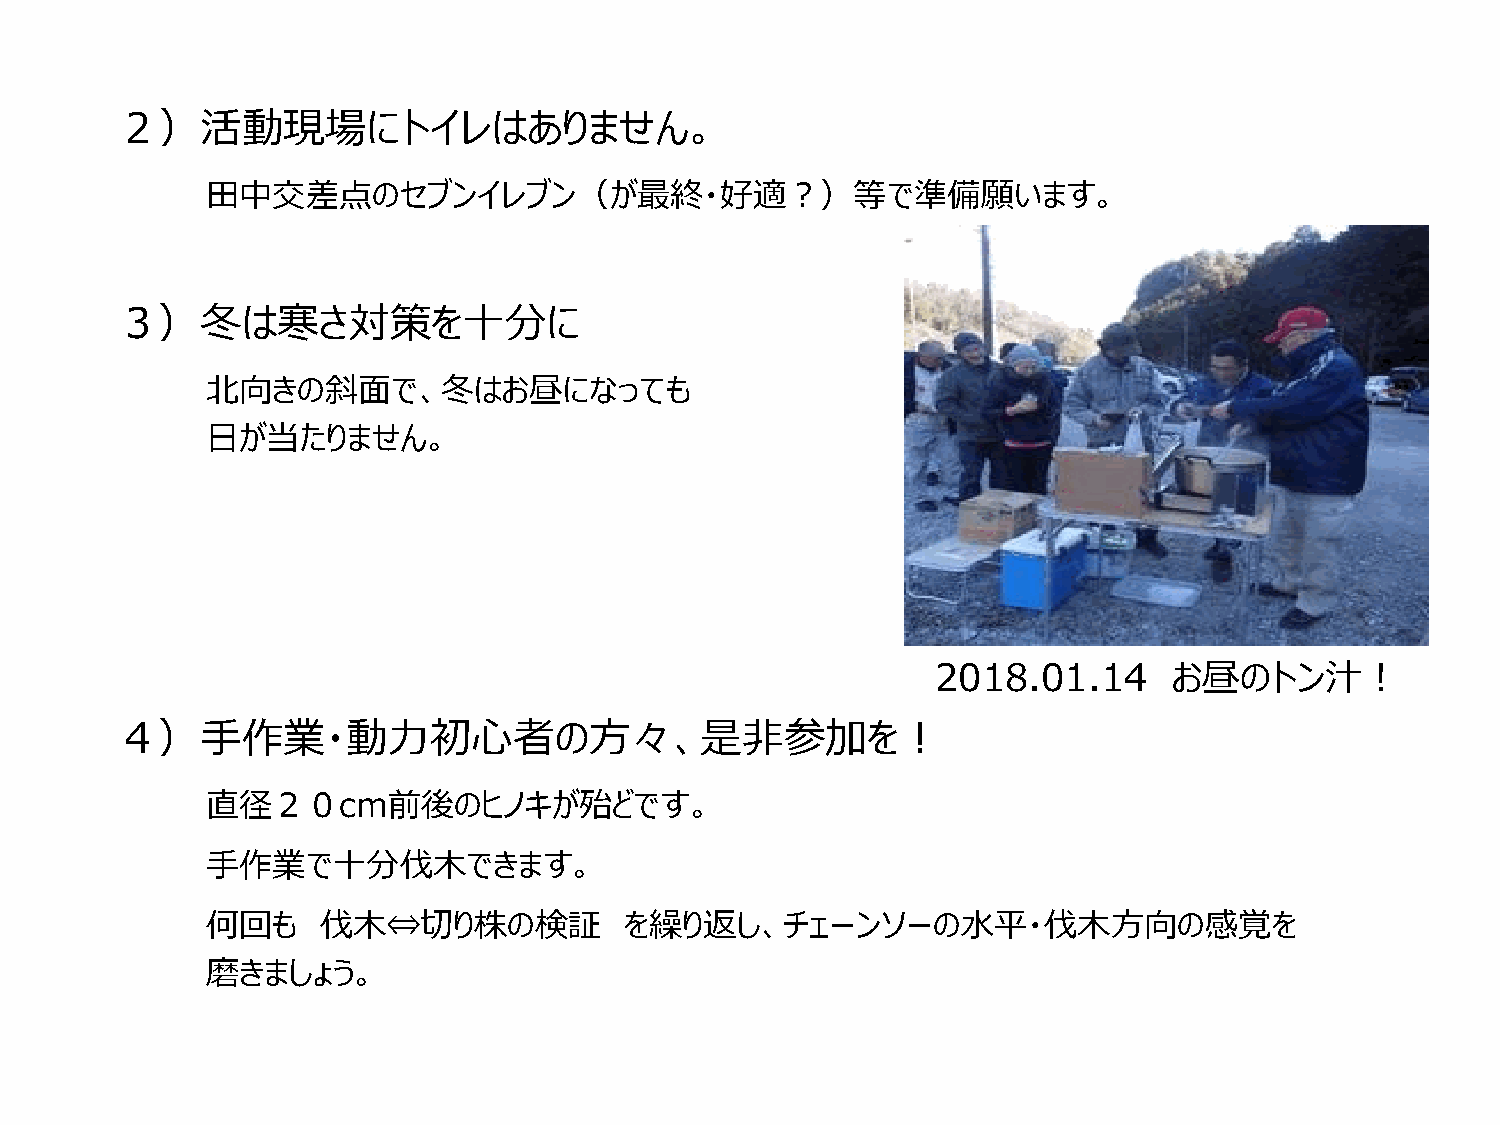
２）活動現場にトイレはありません。
 田中交差点のセブンイレブン（が最終・好適？）等で準備願います。
 ３）冬は寒さ対策を十分に
 北向きの斜面で、冬はお昼になっても
 日が当たりません。
 2018.01.14      お昼のトン汁！
 ４）手作業・動力初心者の方々、是非参加を！
 直径２０cm前後のヒノキが殆どです。
 手作業で十分伐木できます。
 何回も    伐木⇔切り株の検証           を繰り返し、チェーンソーの水平・伐木方向の感覚を
 磨きましょう。